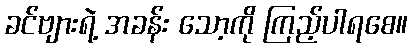
ခင်ဗျားရဲ့ အခန်း သော့ကို ကြည့်ပါရစေ။